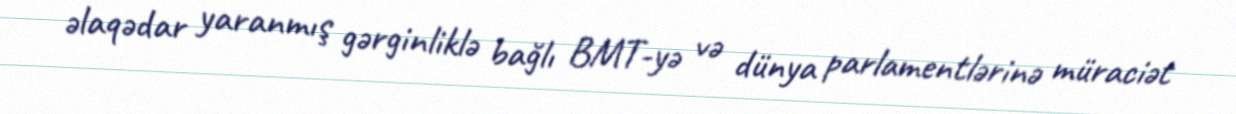
əlaqədar yaranmış gərginliklə bağlı BMT-yə və dünya parlamentlərinə müraciət